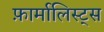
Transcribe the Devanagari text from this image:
फ़ार्मालिस्ट्स